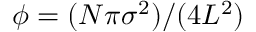
\phi = ( N \pi \sigma ^ { 2 } ) / ( 4 L ^ { 2 } )